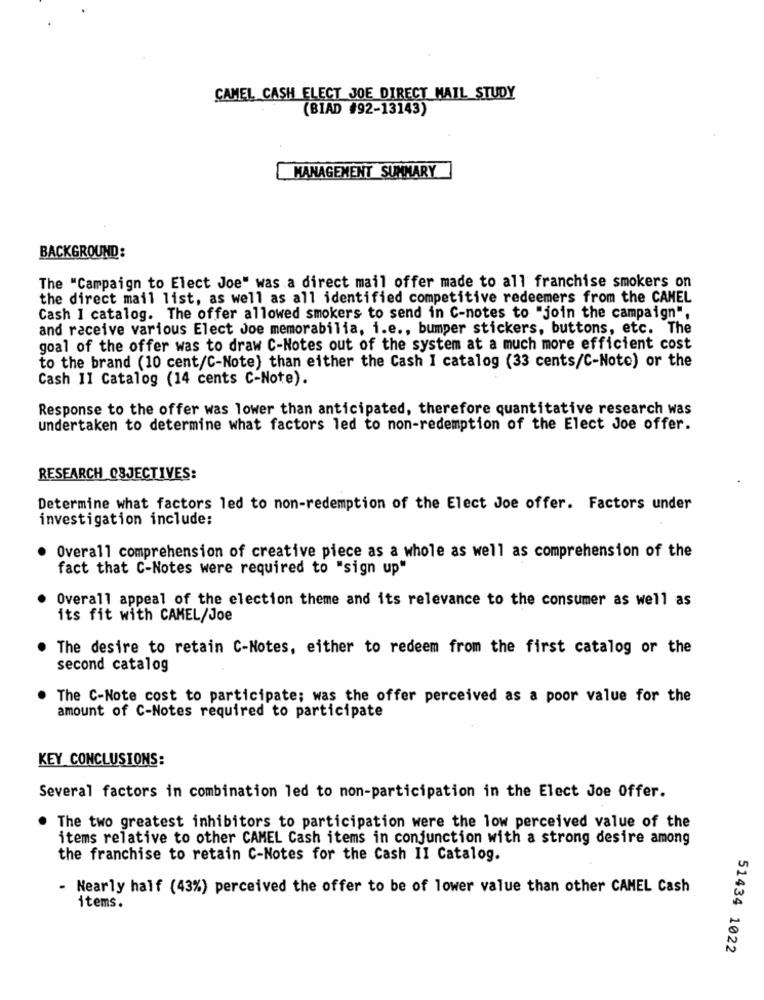
CAMEL CASH ELECT JOE DIRECT MAIL STUDY
(BIAD #92-13143)
MANAGEMENT SUMMARY
BACKGROUND:
The "Campaign to Elect Joe" was a direct mail offer made to all franchise smokers on
the direct mail list, as well as all identified competitive redeemers from the CAMEL
Cash I catalog. The offer allowed smokers to send in C-notes to "join the campaign",
and receive various Elect Joe memorabilia, i.e ., bumper stickers, buttons, etc. The
goal of the offer was to draw C-Notes out of the system at a much more efficient cost
to the brand (10 cent/C-Note) than either the Cash I catalog (33 cents/C-Noto) or the
Cash 11 Catalog (14 cents C-Note).
Response to the offer was lower than anticipated, therefore quantitative research was
undertaken to determine what factors led to non-redemption of the Elect Joe offer.
RESEARCH OBJECTIVES:
Determine what factors led to non-redemption of the Elect Joe offer. Factors under
investigation include:
Overall comprehension of creative piece as a whole as well as comprehension of the
fact that C-Notes were required to "sign up"
Overall appeal of the election theme and its relevance to the consumer as well as
its fit with CAMEL/Joe
The desire to retain C-Notes, either to redeem from the first catalog or the
second catalog
The C-Note cost to participate; was the offer perceived as a poor value for the
amount of C-Notes required to participate
KEY CONCLUSIONS:
Several factors in combination led to non-participation in the Elect Joe Offer.
The two greatest inhibitors to participation were the low perceived value of the
items relative to other CAMEL Cash items in conjunction with a strong desire among
the franchise to retain C-Notes for the Cash II Catalog.
- Nearly half (43%) perceived the offer to be of lower value than other CAMEL Cash
items.
51434 1022